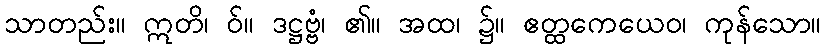
သာတည်း။ ဣတိ၊ ဝ်။ ဒဋ္ဌဗ္ဗံ၊ ၏။ အထ၊ ၌။ ဧတ္ထကေယေဝ၊ ကုန်သော။